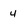
Character: 4